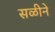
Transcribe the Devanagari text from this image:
सळीने